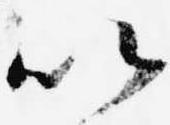
以